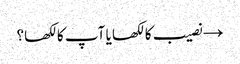
→ نصیب کا لکھا یا آپ کا لکھا؟